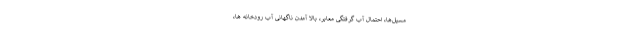
مسیل‌ها، احتمال آب گرفتگی معابر، بالا آمدن ناگهانی آب رودخانه ها،